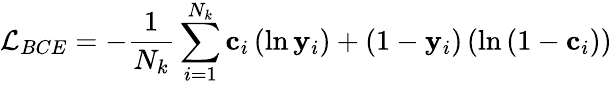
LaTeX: \mathcal{L}_{BCE}=-\frac{1}{N_{k}}\sum_{i=1}^{N_{k}}\mathbf{c}_{i}\left(\ln\mathbf{y}_{i}\right)+\left(1-\mathbf{y}_{i}\right)\left(\ln\left(1-\mathbf{c}_{i}\right)\right)